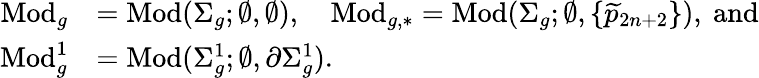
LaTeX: \begin{array}{rl}{\mathrm{Mod}_{g}}&{=\mathrm{Mod}(\Sigma_{g};\emptyset,\emptyset),\quad\mathrm{Mod}_{g,\ast}=\mathrm{Mod}(\Sigma_{g};\emptyset,\{ \widetilde{p}_{2n+2}\} ),\mathrm{~and}}\\ {\mathrm{Mod}_{g}^{1}}&{=\mathrm{Mod}(\Sigma_{g}^{1};\emptyset,\partial\Sigma_{g}^{1}).}\end{array}